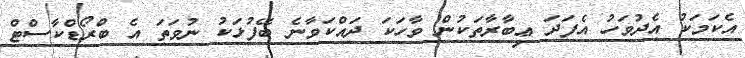
އެކަމަކު އެދުވަހު އެފަދަ ޢިބާރާތަކުން ވާހަކަ ދައްކަވާނެ ބޭފުޅަކު ނުވަތަ އެ ބްރޯޑްކާސްޓް